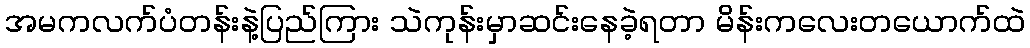
အမကလက်ပံတန်းနဲ့ပြည်ကြား သဲကုန်းမှာဆင်းနေခဲ့ရတာ မိန်းကလေးတယောက်ထဲ